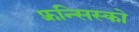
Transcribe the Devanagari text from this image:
फ़्रन्सिस्को